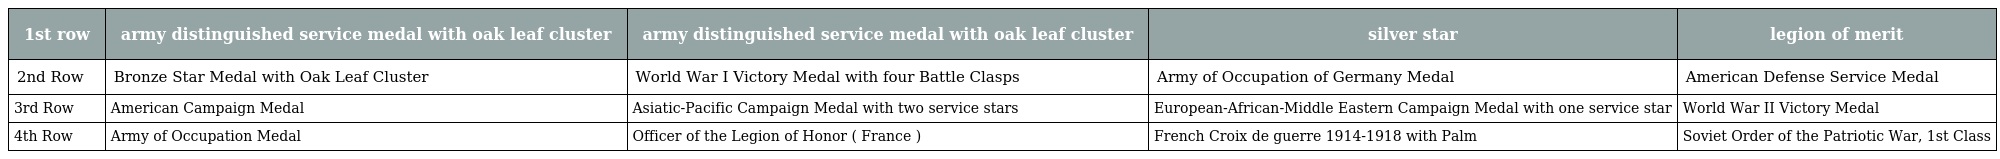
| 1st row | army distinguished service medal with oak leaf cluster | army distinguished service medal with oak leaf cluster | silver star | legion of merit |
 | --- | --- | --- | --- | --- |
 | 2nd Row | Bronze Star Medal with Oak Leaf Cluster | World War I Victory Medal with four Battle Clasps | Army of Occupation of Germany Medal | American Defense Service Medal |
 | 3rd Row | American Campaign Medal | Asiatic-Pacific Campaign Medal with two service stars | European-African-Middle Eastern Campaign Medal with one service star | World War II Victory Medal |
 | 4th Row | Army of Occupation Medal | Officer of the Legion of Honor ( France ) | French Croix de guerre 1914-1918 with Palm | Soviet Order of the Patriotic War, 1st Class |